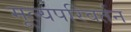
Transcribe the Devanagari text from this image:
मूल्यपरिवर्तन